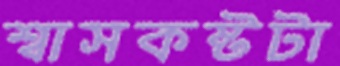
শ্বাসকষ্টটা